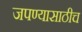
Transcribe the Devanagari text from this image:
जपण्यासाठीच